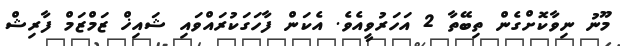
މޫނު ނިވާކޮށްގެން ތިބޭތާ 2 އަހަރުވީއެވެ. އެކަން ފާހަގަކުރައްވައި ޝައިޚް ޒަމްޒަމް ފާރިޝް